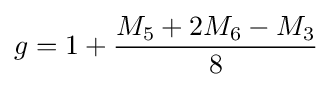
g=1+{\frac {M_{5}+2M_{6}-M_{3}}{8}}